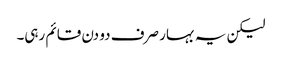
لیکن یہ بہار صرف دو دن قائم رہی۔